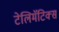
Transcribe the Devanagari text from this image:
टेलिमॅटिक्स